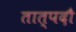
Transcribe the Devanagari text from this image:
तात्पदौ